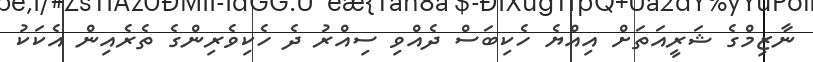
ނާޒިމްގެ ޝަރީއަތަށް އިއްޔެ ހެކިބަސް ދެއްވި ސިއްރު ދެ ހެކިވެރިންގެ ތެރެއިން އެކަކު